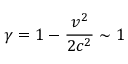
\gamma = 1 - \frac { v ^ { 2 } } { 2 c ^ { 2 } } \sim 1